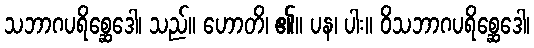
သဘာဂပရိစ္ဆေဒေါ၊ သည်။ ဟောတိ၊ ၏။ ပန၊ ပါး။ ဝိသဘာဂပရိစ္ဆေဒေါ၊